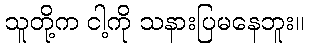
သူတို့က ငါ့ကို သနားပြမနေဘူး။